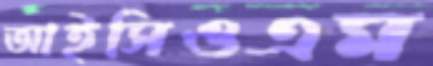
আইসিওএম